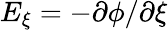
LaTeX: E_{\xi}=-\partial\phi/\partial\xi